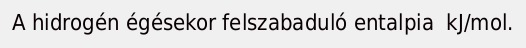
A hidrogén égésekor felszabaduló entalpia  kJ/mol.